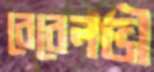
বেরেলভী